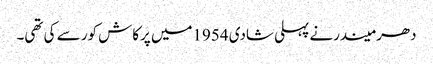
دھرمیندرنے پہلی شادی 1954میں پرکاش کور سے کی تھی۔